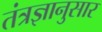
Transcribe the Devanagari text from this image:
तंत्रज्ञानुसार